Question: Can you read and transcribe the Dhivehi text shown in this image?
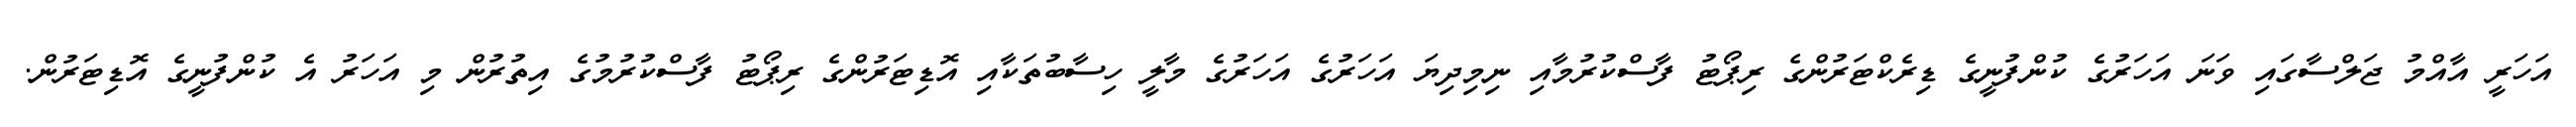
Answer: އަހަރީ އާއްމު ޖަލްސާގައި ވަނަ އަހަރުގެ ކުންފުނީގެ ޑިރެކްޓަރުންގެ ރިޕޯޓު ފާސްކުރުމާއި ނިމިދިޔަ އަހަރުގެ އަހަރުގެ މާލީ ހިސާބުތަކާއި އޮޑިޓަރުންގެ ރިޕޯޓު ފާސްކުރުމުގެ އިތުރުން މި އަހަރު އެ ކުންފުނީގެ އޮޑިޓަރުން.